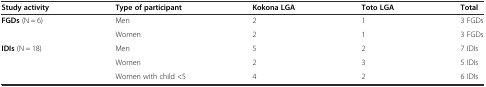
| Study activity | Type of participant | Kokona LGA | Toto LGA | Total |
 | --- | --- | --- | --- | --- |
 | <ROWSPAN=2> FGDs (N = 6) | Men | 2 | 1 | 3 FGDs |
 | Women | 2 | 1 | 3 FGDs |
 | <ROWSPAN=3> IDIs (N = 18) | Men | 5 | 2 | 7 IDIs |
 | Women | 2 | 3 | 5 IDIs |
 | Women with child <5 | 4 | 2 | 6 IDIs |